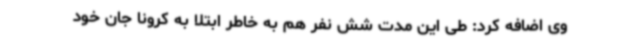
وی اضافه کرد: طی این مدت شش نفر هم به خاطر ابتلا به کرونا جان خود